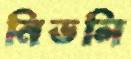
নিভলি